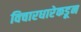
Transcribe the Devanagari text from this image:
विचारधारेकडून